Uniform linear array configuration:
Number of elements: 48
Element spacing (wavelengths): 0.25
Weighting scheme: uniform
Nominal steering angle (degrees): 15
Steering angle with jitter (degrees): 15.897
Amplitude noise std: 0.05
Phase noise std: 0.05

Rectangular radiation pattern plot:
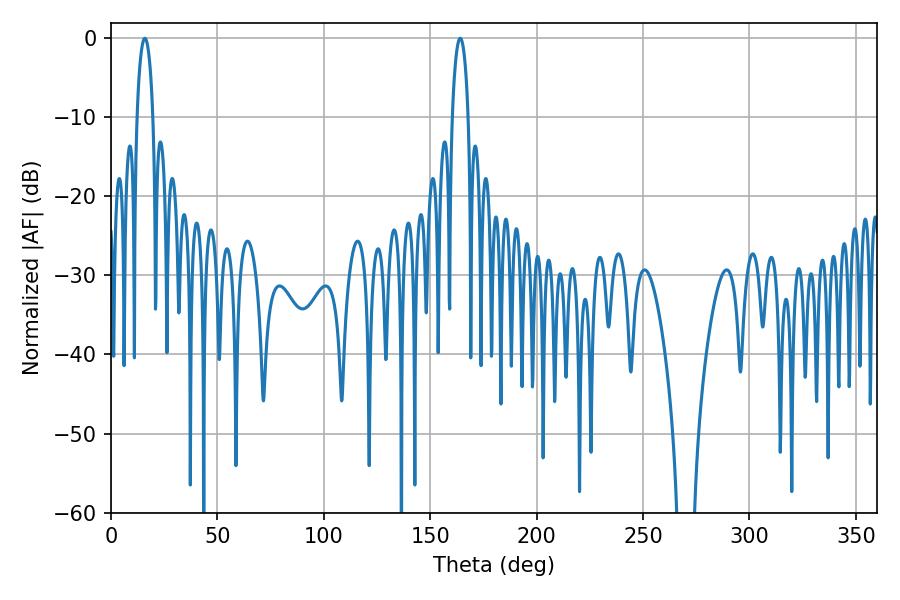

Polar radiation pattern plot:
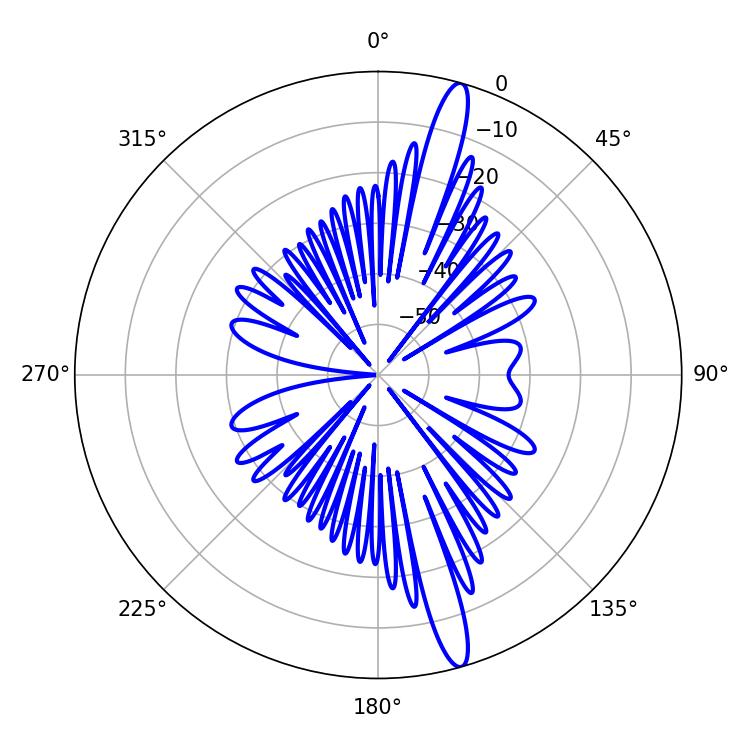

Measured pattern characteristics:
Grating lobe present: FALSE
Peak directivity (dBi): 16.266
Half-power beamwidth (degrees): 4.14
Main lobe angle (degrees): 15.84